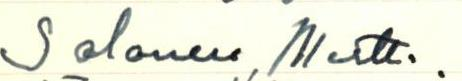
Salonen Martti.